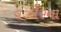
વઝીરના